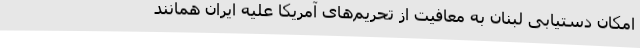
امکان دستیابی لبنان به معافیت از تحریم‌های آمریکا علیه ایران همانند